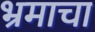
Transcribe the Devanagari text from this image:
भ्रमाचा